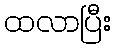
ထလာပြီး